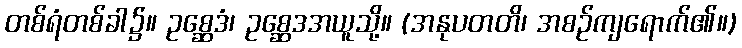
တစ်ရံတစ်ခါ၌။ ဥစ္ဆေဒံ၊ ဥစ္ဆေဒအယူသို့။ (အနုပတတိ၊ အစဉ်ကျရောက်၏။)